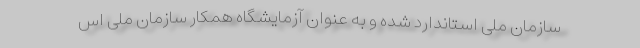
سازمان ملی استاندارد شده و به عنوان آزمایشگاه همکار سازمان ملی اس